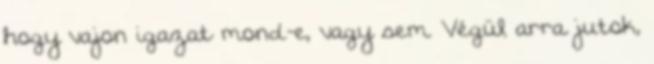
hogy vajon igazat mond-e, vagy sem. Végül arra jutok,